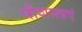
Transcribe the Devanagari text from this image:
पौशालाएं